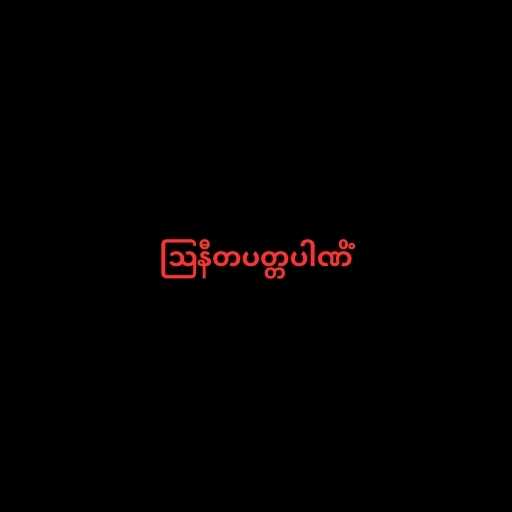
ဩနီတပတ္တပါဏိံ